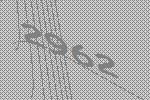
2962